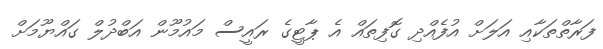
ފަރާތްތަކާއި އަލަށް އުފެއްދި ގޮފިތައް އެ ޕާޓީގެ ރައީސް މައުމޫން އަބްދުލް ގައްޔޫމަށް